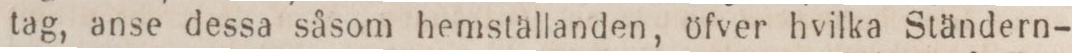
tag, anse dessa såsom hemställanden, öfver hvilka Ständern-